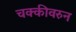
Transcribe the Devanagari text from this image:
चक्कीवरुन